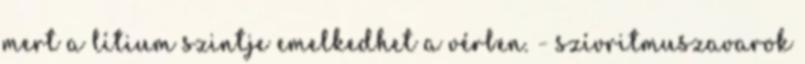
mert a lítium szintje emelkedhet a vérben. - szívritmuszavarok